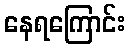
နေရကြောင်း